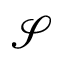
\mathcal { S }